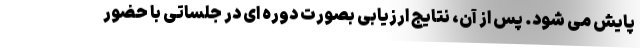
پایش می شود. پس از آن، نتایج ارزیابی بصورت دوره ای در جلساتی با حضور